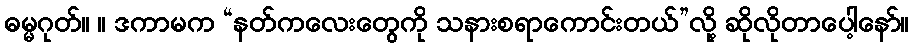
ဓမ္မဂုတ်။ ။ ဒကာမက “နတ်ကလေးတွေကို သနားစရာကောင်းတယ်”လို့ ဆိုလိုတာပေါ့နော်။